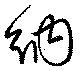
納